Scottish Certificate of Education, 1962
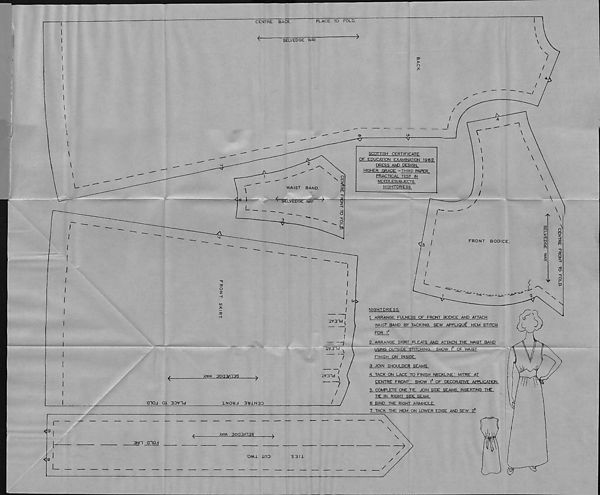
«
SELVEDGE WAY
>
o
7;
O'
■v
SCOTTISH CERT1FICATF
OF EDUCATION EXAMINATION 1962
DRESS AND DESIGN.
HIGHER GRADE -THIRD RARER,
PRACTICAL TEST IN
NEEDLESUBJECTS.
NIGHTDRESS.
NIGHTDRESS.
I ARRANGE FULNESS OF FRONT BODICE AND ATTACH
WAIST BAND BY TaCKING. SEW APPLIQUE HEM STITCH
FOR 1 n
2. ARRANGE SKIRT PLEATS AND ATTACH THE WMST BAND
USING QUTSYDET StltCHING. SHOW 1 }> OF WAIST
FINISH ON INSIDE.
3. JOIN SHOULDER SEAMS.
4. TACK ON LACE TO FINISH NECKLINE! MITRE AT
CENTRE FRONT ! SHOW f OF DECORATIVE APPLICATION.
5. COMPLETE ONE TIE. JOIN SIDE SEAMS. INSERTING THE
TIE IN RIGHT SIDE SEAM.
6. BIND THE RIGHT ARMHOLE.
7 TACK THE HEM ON LOWER EDGE AND SEW 2 B
AVM 3903AT3S
■>
3NI1 a 103
9
omi mo
*S 3 11
L_
CENTRE FRONT TO FOLD.